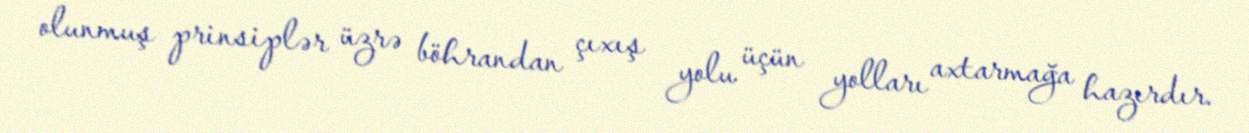
olunmuş prinsiplər üzrə böhrandan çıxış yolu üçün yolları axtarmağa hazırdır.